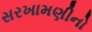
સરખામણીનો